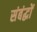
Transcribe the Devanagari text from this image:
संबंद्धों